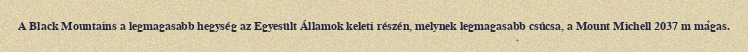
A Black Mountains a legmagasabb hegység az Egyesült Államok keleti részén, melynek legmagasabb csúcsa, a Mount Michell 2037 m magas.